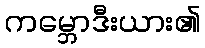
ကမ္ဘောဒီးယား၏